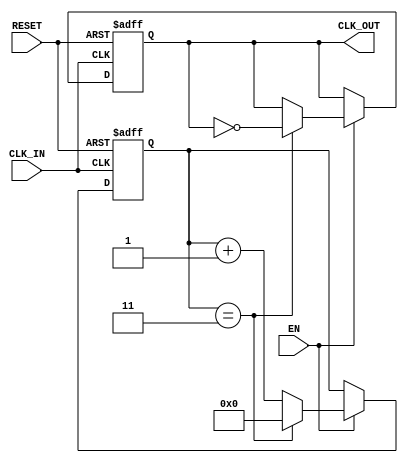
module clock_divider_buffer #(
    parameter N = 4 // Division factor (default = 4)
)(
    input wire CLK_IN,     // Input clock signal
    input wire EN,        // Enable signal
    input wire RESET,     // Asynchronous reset signal
    output reg CLK_OUT     // Output clock signal
);

    reg [31:0] counter; // Counter for clock division

    // Asynchronous reset and counter logic
    always @(posedge CLK_IN or posedge RESET) begin
        if (RESET) begin
            counter <= 0; // Reset counter
            CLK_OUT <= 0; // Reset output clock
        end else if (EN) begin
            if (counter == (N-1)) begin
                counter <= 0; // Reset counter
                CLK_OUT <= ~CLK_OUT; // Toggle output clock
            end else begin
                counter <= counter + 1; // Increment counter
            end
        end
    end

endmodule